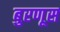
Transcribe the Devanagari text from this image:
बुरणूस